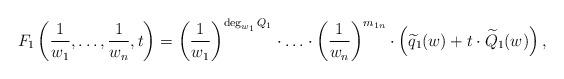
LaTeX: \begin{align*}F_1\left(\frac 1{w_1},\ldots, \frac 1{w_n}, t\right)=\left(\frac 1{w_1}\right)^{\deg_{w_1} Q_1}\cdot \ldots \cdot\left(\frac 1{w_n}\right)^{m_{1n}}\cdot \left(\widetilde q_1(w)+t \cdot \widetilde Q_1(w)\right),\end{align*}